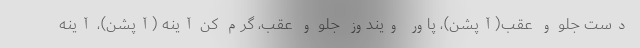
دست جلو و عقب(آپشن)، پاور ویندوز جلو و عقب، گرم کن آینه (آپشن)، آینه